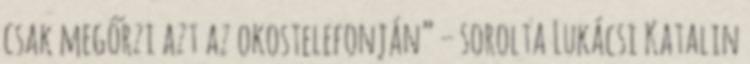
csak megőrzi azt az okostelefonján” – sorolta Lukácsi Katalin